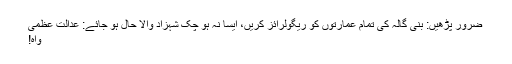
ضرور پڑھیں: بنی گالہ کی تمام عمارتوں کو ریگولرائز کریں، ایسا نہ ہو چک شہزاد والا حال ہو جائے: عدالت عظمیٰ
واہ!